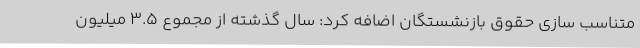
متناسب سازی حقوق بازنشستگان اضافه کرد: سال گذشته از مجموع 3.5 میلیون